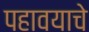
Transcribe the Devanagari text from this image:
पहावयाचे